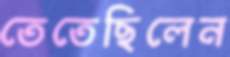
তেতেছিলেন